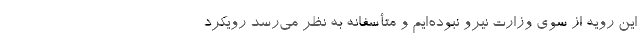
این رویه از سوی وزارت نیرو نبوده‌ایم و متأسفانه به نظر می‌رسد رویکرد